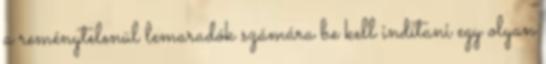
a reménytelenül lemaradók számára be kell indítani egy olyan